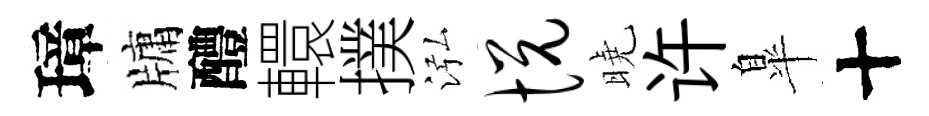
璋牗醴轘撲泓悦曉许臯十